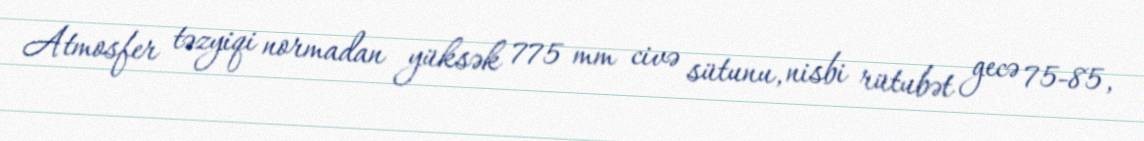
Atmosfer təzyiqi normadan yüksək 775 mm civə sütunu, nisbi rütubət gecə 75-85,